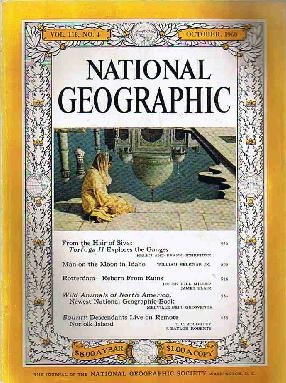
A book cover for National Geographic Magazine, October 1960 (Vol. 118, No. 4); Crafts, Hobbies & Home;